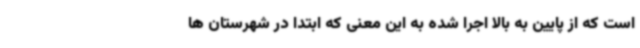
است که از پایین به بالا اجرا شده به این معنی که ابتدا در شهرستان ها